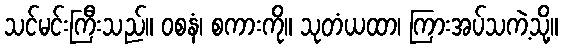
သင်မင်းကြီးသည်။ ဝစနံ၊ စကားကို။ သုတံယထာ၊ ကြားအပ်သကဲ့သို့။